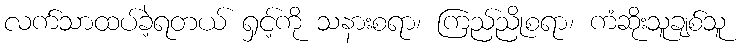
လက်သာထပ်ခဲ့ရတယ် ရှင့်ကို သနားစရာ၊ ကြည်ညိုစရာ၊ ကံဆိုးသူချစ်သူ